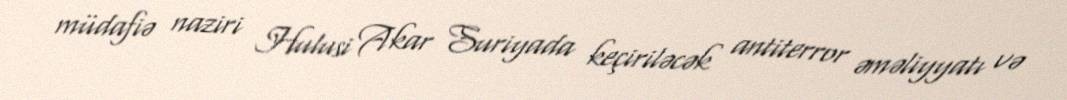
müdafiə naziri Hulusi Akar Suriyada keçiriləcək antiterror əməliyyatı və